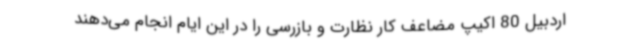
اردبیل 80 اکیپ مضاعف کار نظارت و بازرسی را در این ایام انجام می‌دهند